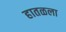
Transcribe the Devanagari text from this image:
हातळला